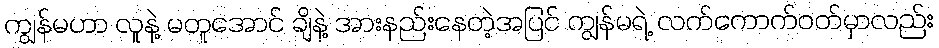
ကျွန်မဟာ လူနဲ့ မတူအောင် ချိနဲ့ အားနည်းနေတဲ့အပြင် ကျွန်မရဲ့ လက်ကောက်ဝတ်မှာလည်း